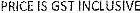
PRICE IS GST INCLUSIVE